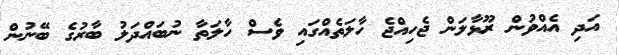
އަދި އެއްވުން ރޫޅާލަން ޖެހިއްޖެ ހާލަތެއްގައި ވެސް ހާލަތާ ނުބައްދަލު ބާރުގެ ބޭނުން